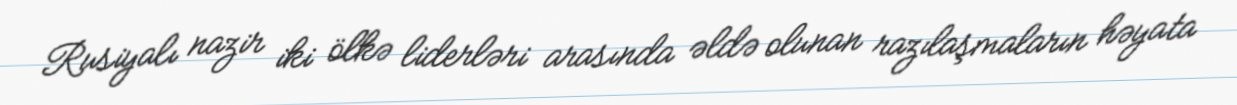
Rusiyalı nazir iki ölkə liderləri arasında əldə olunan razılaşmaların həyata